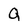
Character: Q